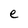
Character: e